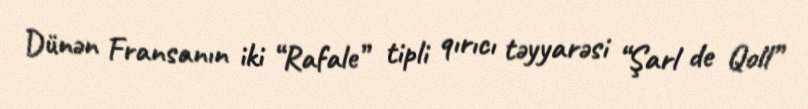
Dünən Fransanın iki “Rafale” tipli qırıcı təyyarəsi “Şarl de Qoll”